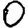
Digit: 0